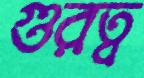
গুরত্ব